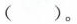
()。